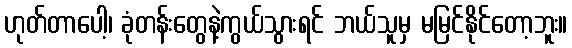
ဟုတ်တာပေါ့၊ ခုံတန်းတွေနဲ့ကွယ်သွားရင် ဘယ်သူမှ မမြင်နိုင်တော့ဘူး။